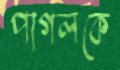
পাগলকে